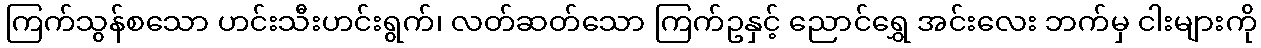
ကြက်သွန်စသော ဟင်းသီးဟင်းရွက်၊ လတ်ဆတ်သော ကြက်ဥနှင့် ညောင်ရွှေ အင်းလေး ဘက်မှ ငါးများကို